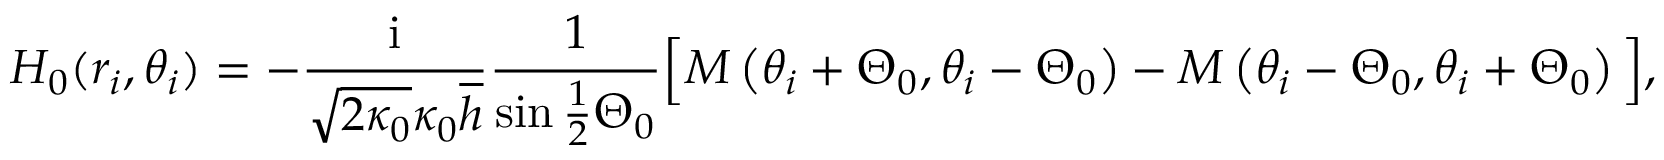
H _ { 0 } ( r _ { i } , \theta _ { i } ) = - \frac { \mathrm { i } } { \sqrt { 2 \kappa _ { 0 } } \kappa _ { 0 } \overline { { h } } } \frac { 1 } { \sin \frac { 1 } { 2 } \Theta _ { 0 } } \Big [ M \left( \theta _ { i } + \Theta _ { 0 } , \theta _ { i } - \Theta _ { 0 } \right) - M \left( \theta _ { i } - \Theta _ { 0 } , \theta _ { i } + \Theta _ { 0 } \right) \Big ] ,